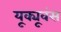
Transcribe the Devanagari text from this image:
यूक्यूवंस